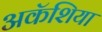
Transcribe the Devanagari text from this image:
अकॅशिया